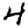
Digit: 4